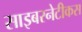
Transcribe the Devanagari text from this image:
साइबरनेटीकस